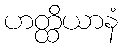
ဟတ္ထိယာနံ